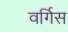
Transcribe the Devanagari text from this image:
वर्गिस